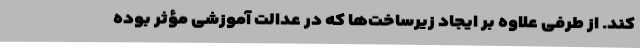
کند. از طرفی علاوه بر ایجاد زیرساخت‌ها که در عدالت آموزشی مؤثر بوده